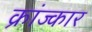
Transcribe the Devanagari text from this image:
क्रांज्कार